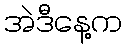
အဲဒီနေ့က